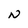
Character: N